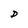
Character: D